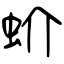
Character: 蚧